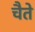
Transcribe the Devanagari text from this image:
चैते